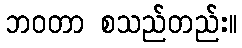
ဘဝတာ စသည်တည်း။